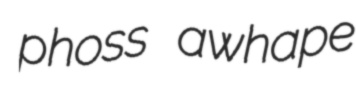
phoss awhape